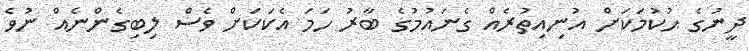
ދީނުގެ ޙުކުމަކަށް އުނިއިތުރެއް ގެނައުމުގެ ބާރު ހަމަ އެކަކަށް ވެސް ލިބިގެންނެއް ނުވެ